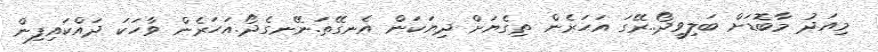
މިއަދު މާބޮޑަށް ބަލިވީދޯ..ރޭގަ އަހަރެން ތިގެޔަށް ދިޔަކަން އެނގޭތަ.ނޭނގެދޯ.އަހަރެން ވާހަކަ ދައްކައިފިން